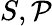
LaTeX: S,{\mathcal{P}}